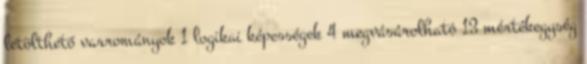
letölthető varrományok 1 logikai képességek 4 megvásárolható 13 mértékegység